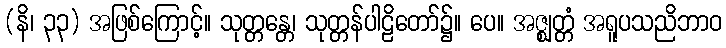
(နိ၊ ၃၃) အဖြစ်ကြောင့်။ သုတ္တန္တေ၊ သုတ္တန်ပါဠိတော်၌။ ပေ။ အဇ္ဈတ္တံ အရူပသညိဘာဝ